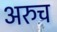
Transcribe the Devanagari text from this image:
अरुच